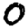
Digit: 0